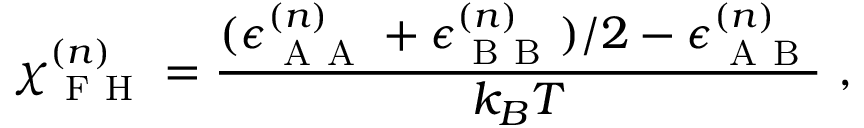
\chi _ { \mathrm { ~ F ~ H ~ } } ^ { ( n ) } = \frac { ( \epsilon _ { \mathrm { ~ A ~ A ~ } } ^ { ( n ) } + \epsilon _ { \mathrm { ~ B ~ B ~ } } ^ { ( n ) } ) / 2 - \epsilon _ { \mathrm { ~ A ~ B ~ } } ^ { ( n ) } } { k _ { B } T } ~ ,